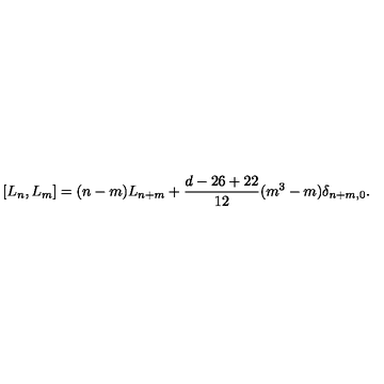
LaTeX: [ L _ { n } , L _ { m } ] = ( n - m ) L _ { n + m } + \frac { d - 2 6 + 2 2 } { 1 2 } ( m ^ { 3 } - m ) \delta _ { n + m , 0 } .